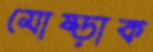
মোষ্‌ড়াক